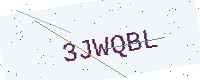
Text: 3JWQBL